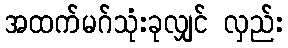
အထက်မဂ်သုံးခုလျှင် လှည်း